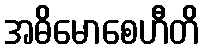
အဓိမောစေဟီတိ